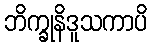
ဘိက္ခုနိဒူသကာပိ